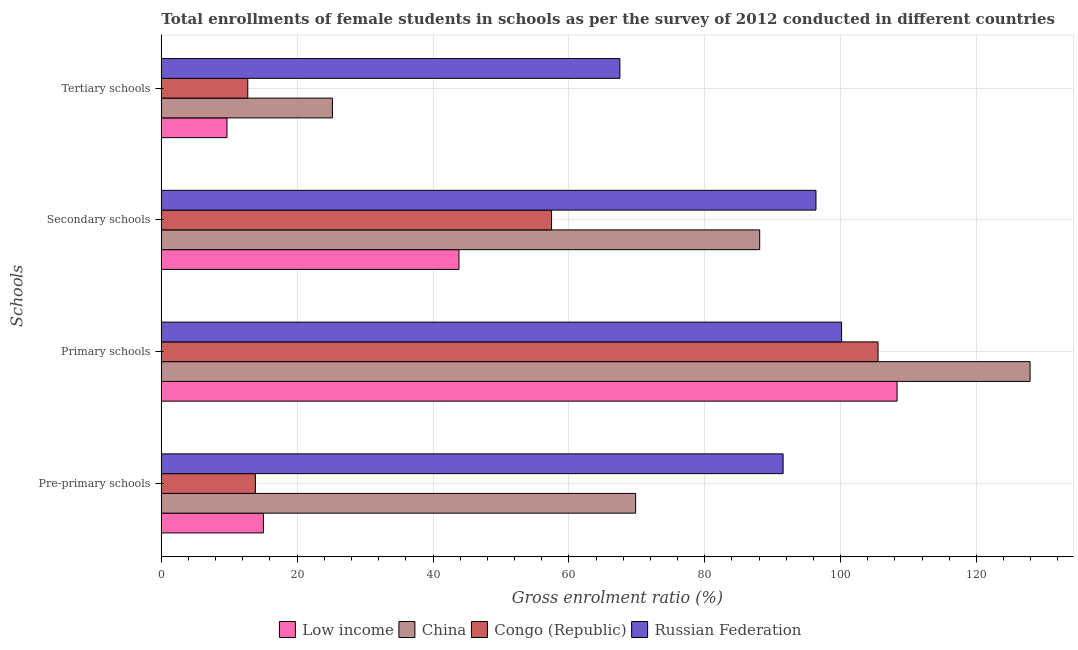
| Schools | Low income | China | Congo (Republic) | Russian Federation |
 | --- | --- | --- | --- | --- |
 | Pre-primary schools | 15 | 69.8 | 13.9 | 91.5 |
 | Primary schools | 108 | 128 | 106 | 100 |
 | Secondary schools | 43.8 | 88.1 | 57.5 | 96.4 |
 | Tertiary schools | 9.67 | 25.2 | 12.7 | 67.5 |